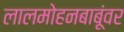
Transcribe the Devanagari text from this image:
लालमोहनबाबूंवर